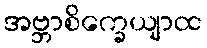
အဗ္ဘာစိက္ခေယျာထ